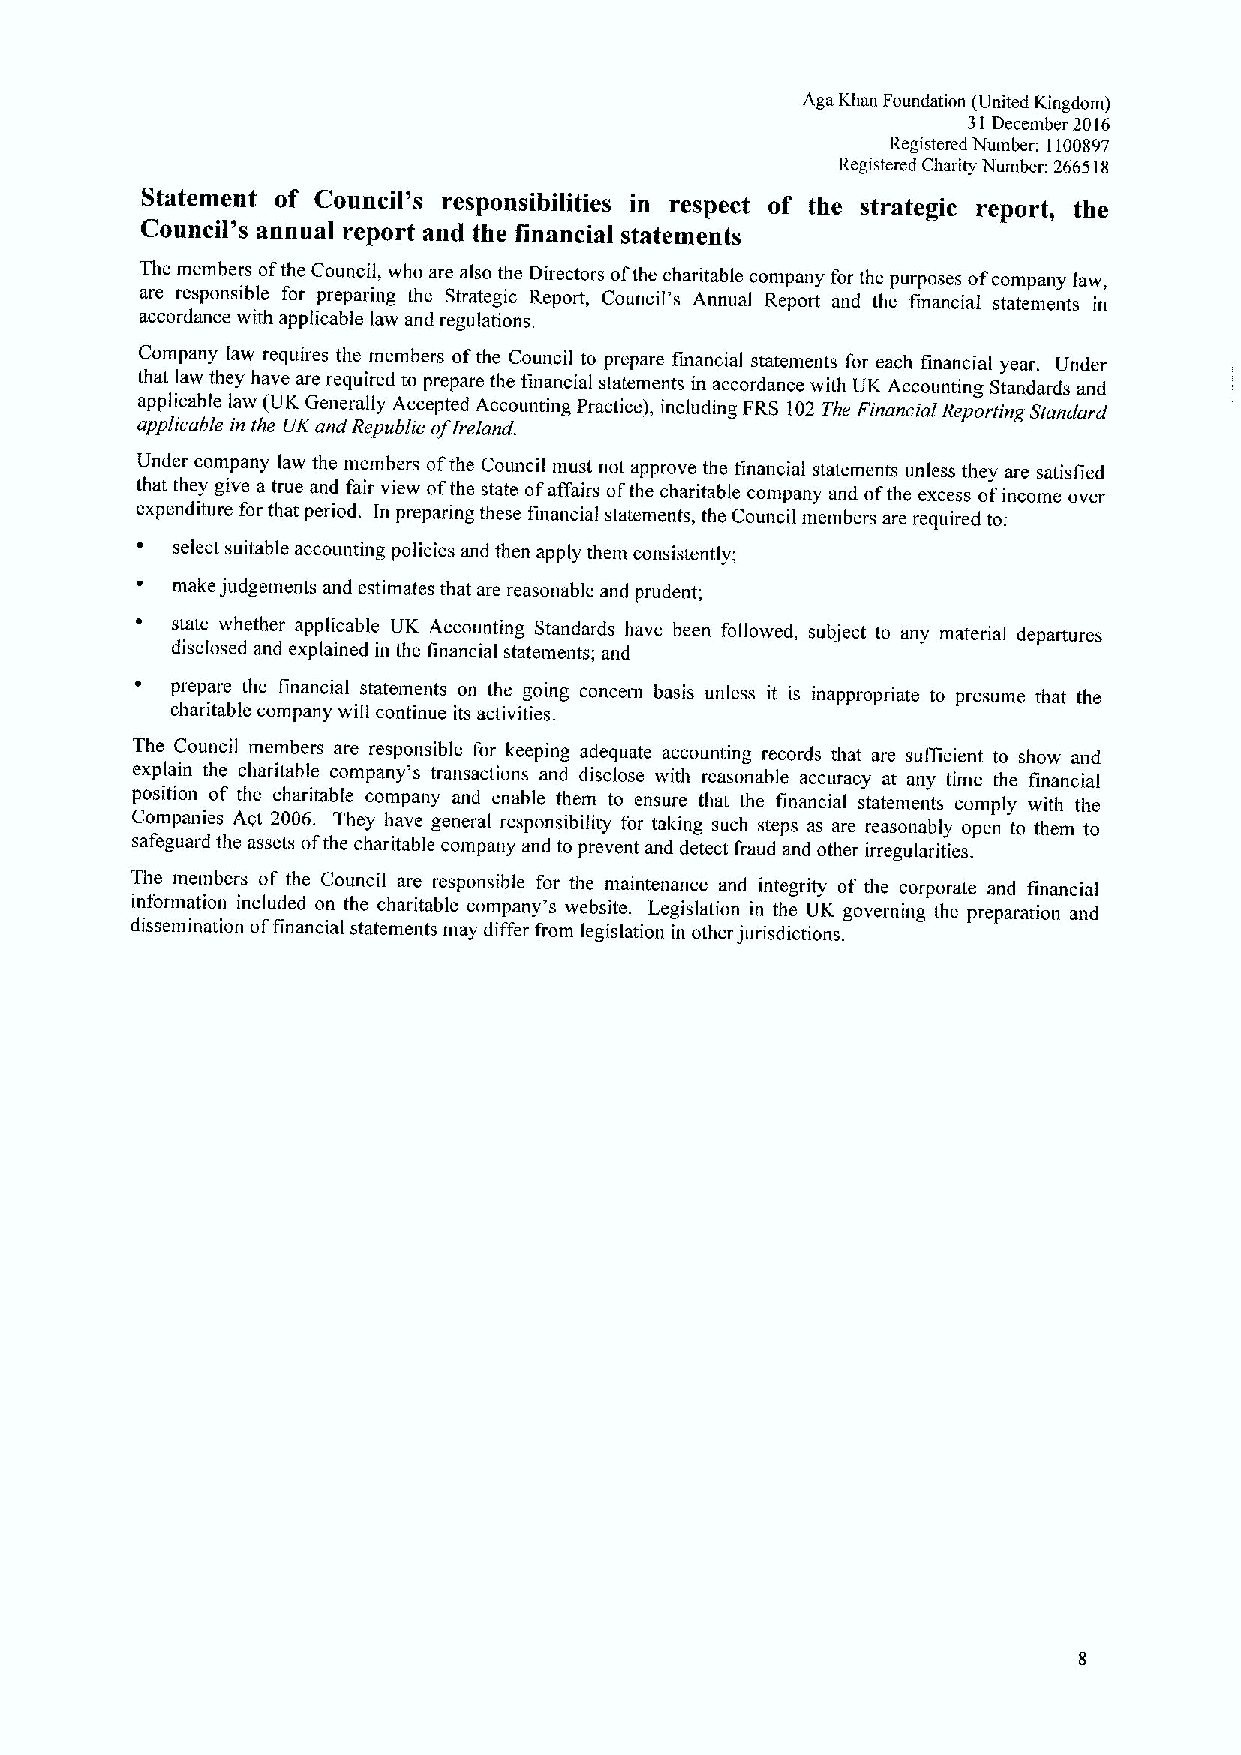
Aga Khan Foundation (United Kingdom)
 31December 2016
 Registered Number: 1100897
 Registered Charity Number: 266518
 Statement of Council's responsibilities in respect of the strategic report, the
 Council's annual report and the financial statements
 The members ofthe Council, who are also the Directors ofthe charitable company for the purposes of company law,
 are responsible for preparing the Strategic Report, Council's Annual Report and the financial statements in
 accordance with applicable law and regulations.
 Company law requires the members ofthe Council to prepare financial statements for each financial year. Under
 that law they have are required to prepare the financial statements in accordance with UK Accounting Standards and
 applicable law (VK Generally Accepted Accounting Practice), including FRS 102 The Financial Reporting Standard
 applicable in the UKand Republic ofireland.
 Under company law the members ofthe Council must not approve the financial statements unless they are satisfied
 that they give a true and fair view ofthe state ofaffairs ofthe charitable company and ofthe excess ofincome over
 expenditure for that period. In preparing these financial statements, the Council members are required to:
 select suitable accounting policies and then apply them consistently;
 make judgements and estimates that are reasonable and prudent;
 state whether applicable UK Accounting Standards have been followed, subjeci to any material departures
 disclosed and explained in the financial statements; and
 prepare the financial statements on the going concern basis unless it is inappropriate to presume that the
 charitable company will continue its activities.
 The Council members are responsible for keeping adequate accouniing records that are sufficient to show and
 explain the charitable company*s transactions and disclose with reasonable accuracy at any time the financial
 position of the charitable company and enable them to ensure that the financial statements comply with the
 Companies Act 2006. They have general responsibility for taking such sieps as are reasonably open to them to
 safeguard the assets ofthe charitable company and to prevent and detect fraud and other irregularities.
 The members of the Council are responsible for the maintenance and integrity of the corporate and financial
 information included on the charitable company's websiie. Legislation in the UK governing the preparation and
 dissemination offinancial statements may differ from legislation in other jurisdictions.